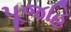
પૂજહિ